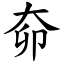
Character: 奅